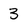
Character: 3